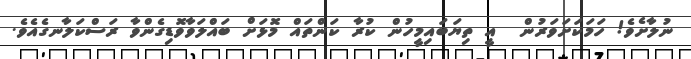
ނުލާށެވެ! ހަމަކަށަވަރުން  އީ ތިޔަބައިމީހުން ކުރާ ކަންތައް މޮޅަށް ބައްލަވާވޮޑިގެންވާ ރަސްކަލާނގެއެވެ.